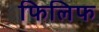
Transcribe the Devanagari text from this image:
फिलिफ